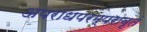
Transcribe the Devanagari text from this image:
अपराधपरम्परावृतं